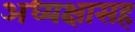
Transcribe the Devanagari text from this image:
अध्यक्षासह